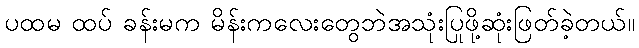
ပထမ ထပ် ခန်းမက မိန်းကလေးတွေဘဲအသုံးပြုဖို့ဆုံးဖြတ်ခဲ့တယ်။